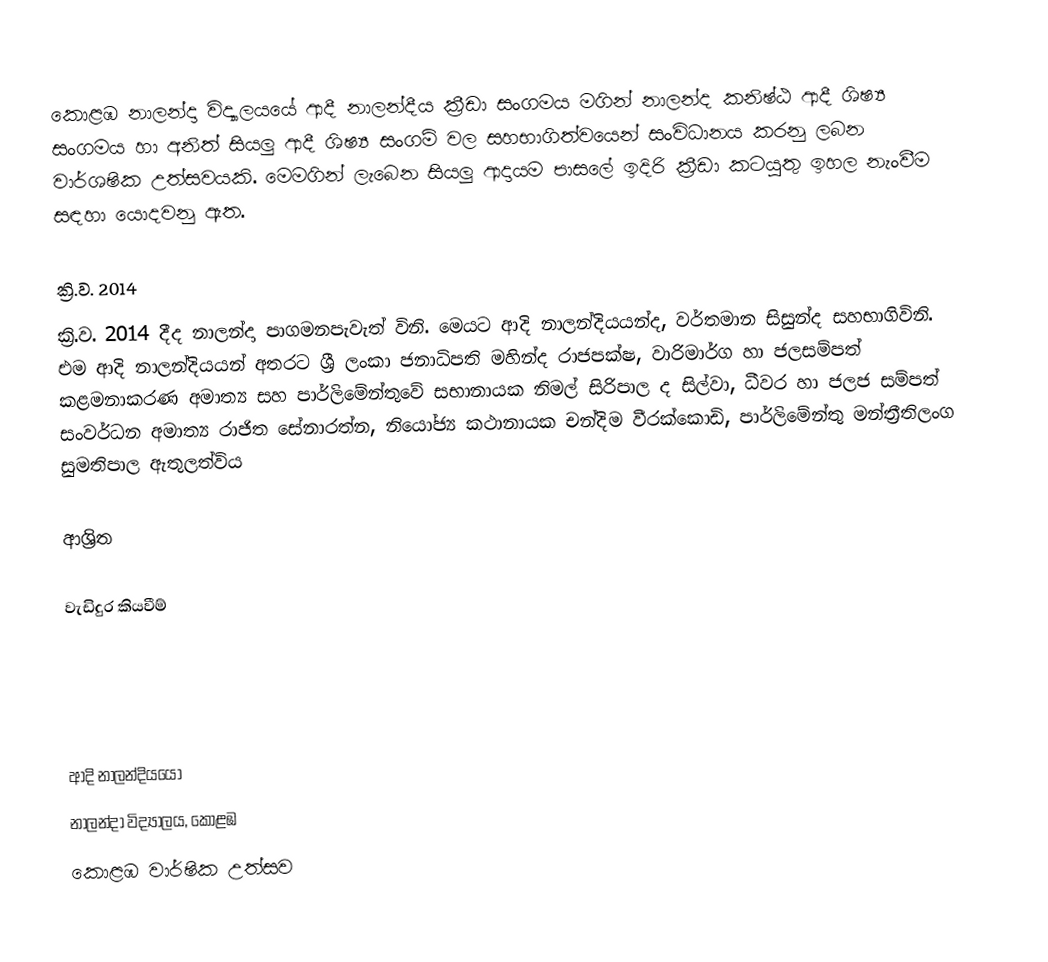
කොළඹ නාලන්දා විද්‍යාලයයේ ආදී නාලන්දීය ක්‍රීඩා සංගමය මගින් නාලන්ද කනිෂ්ඨ ආදී ශිෂ්‍ය සංගමය හා අනිත් සියලු ආදී ශිෂ්‍ය සංගම් වල සහභාගිත්වයෙන් සංවිධානය කරනු ලබන වාර්ශෂික උත්සවයකි. මෙමගින් ලැබෙන සියලු ආදායම පාසලේ ඉදිරි ක්‍රීඩා කටයුතු ඉහල නැංවීම සඳහා යොදවනු ඇත.

ක්‍රි.ව. 2014
ක්‍රි.ව. 2014 දීද නාලන්දා පාගමනපැවැත් විනි. මෙයට  ආදි නාලන්දියයන්ද, වර්තමාන සිසුන්ද සහභාගිවිනි. එම ආදි නාලන්දියයන් අතරට ශ්‍රී ලංකා ජනාධිපති මහින්ද රාජපක්ෂ, වාරිමාර්ග හා ජලසම්පත් කළමනාකරණ අමාත්‍ය සහ පාර්ලිමේන්තුවේ සභානායක නිමල් සිරිපාල ද සිල්වා, ධීවර හා ජලජ සම්පත් සංවර්ධන අමාත්‍ය රාජිත සේනාරත්න, නියෝජ්‍ය කථානායක චන්දිම වීරක්කොඩි, පාර්ලිමේන්තු මන්ත්‍රීතිලංග සුමතිපාල ඇතුලත්විය

ආශ්‍රිත

වැඩිදුර කියවීම්

ආදි නාලන්දියයෝ
නාලන්දා විද්‍යාලය, කොළඹ
කොළඹ වාර්ෂික උත්සව